V__Kingissepa_nim__kolhoos, lk 19
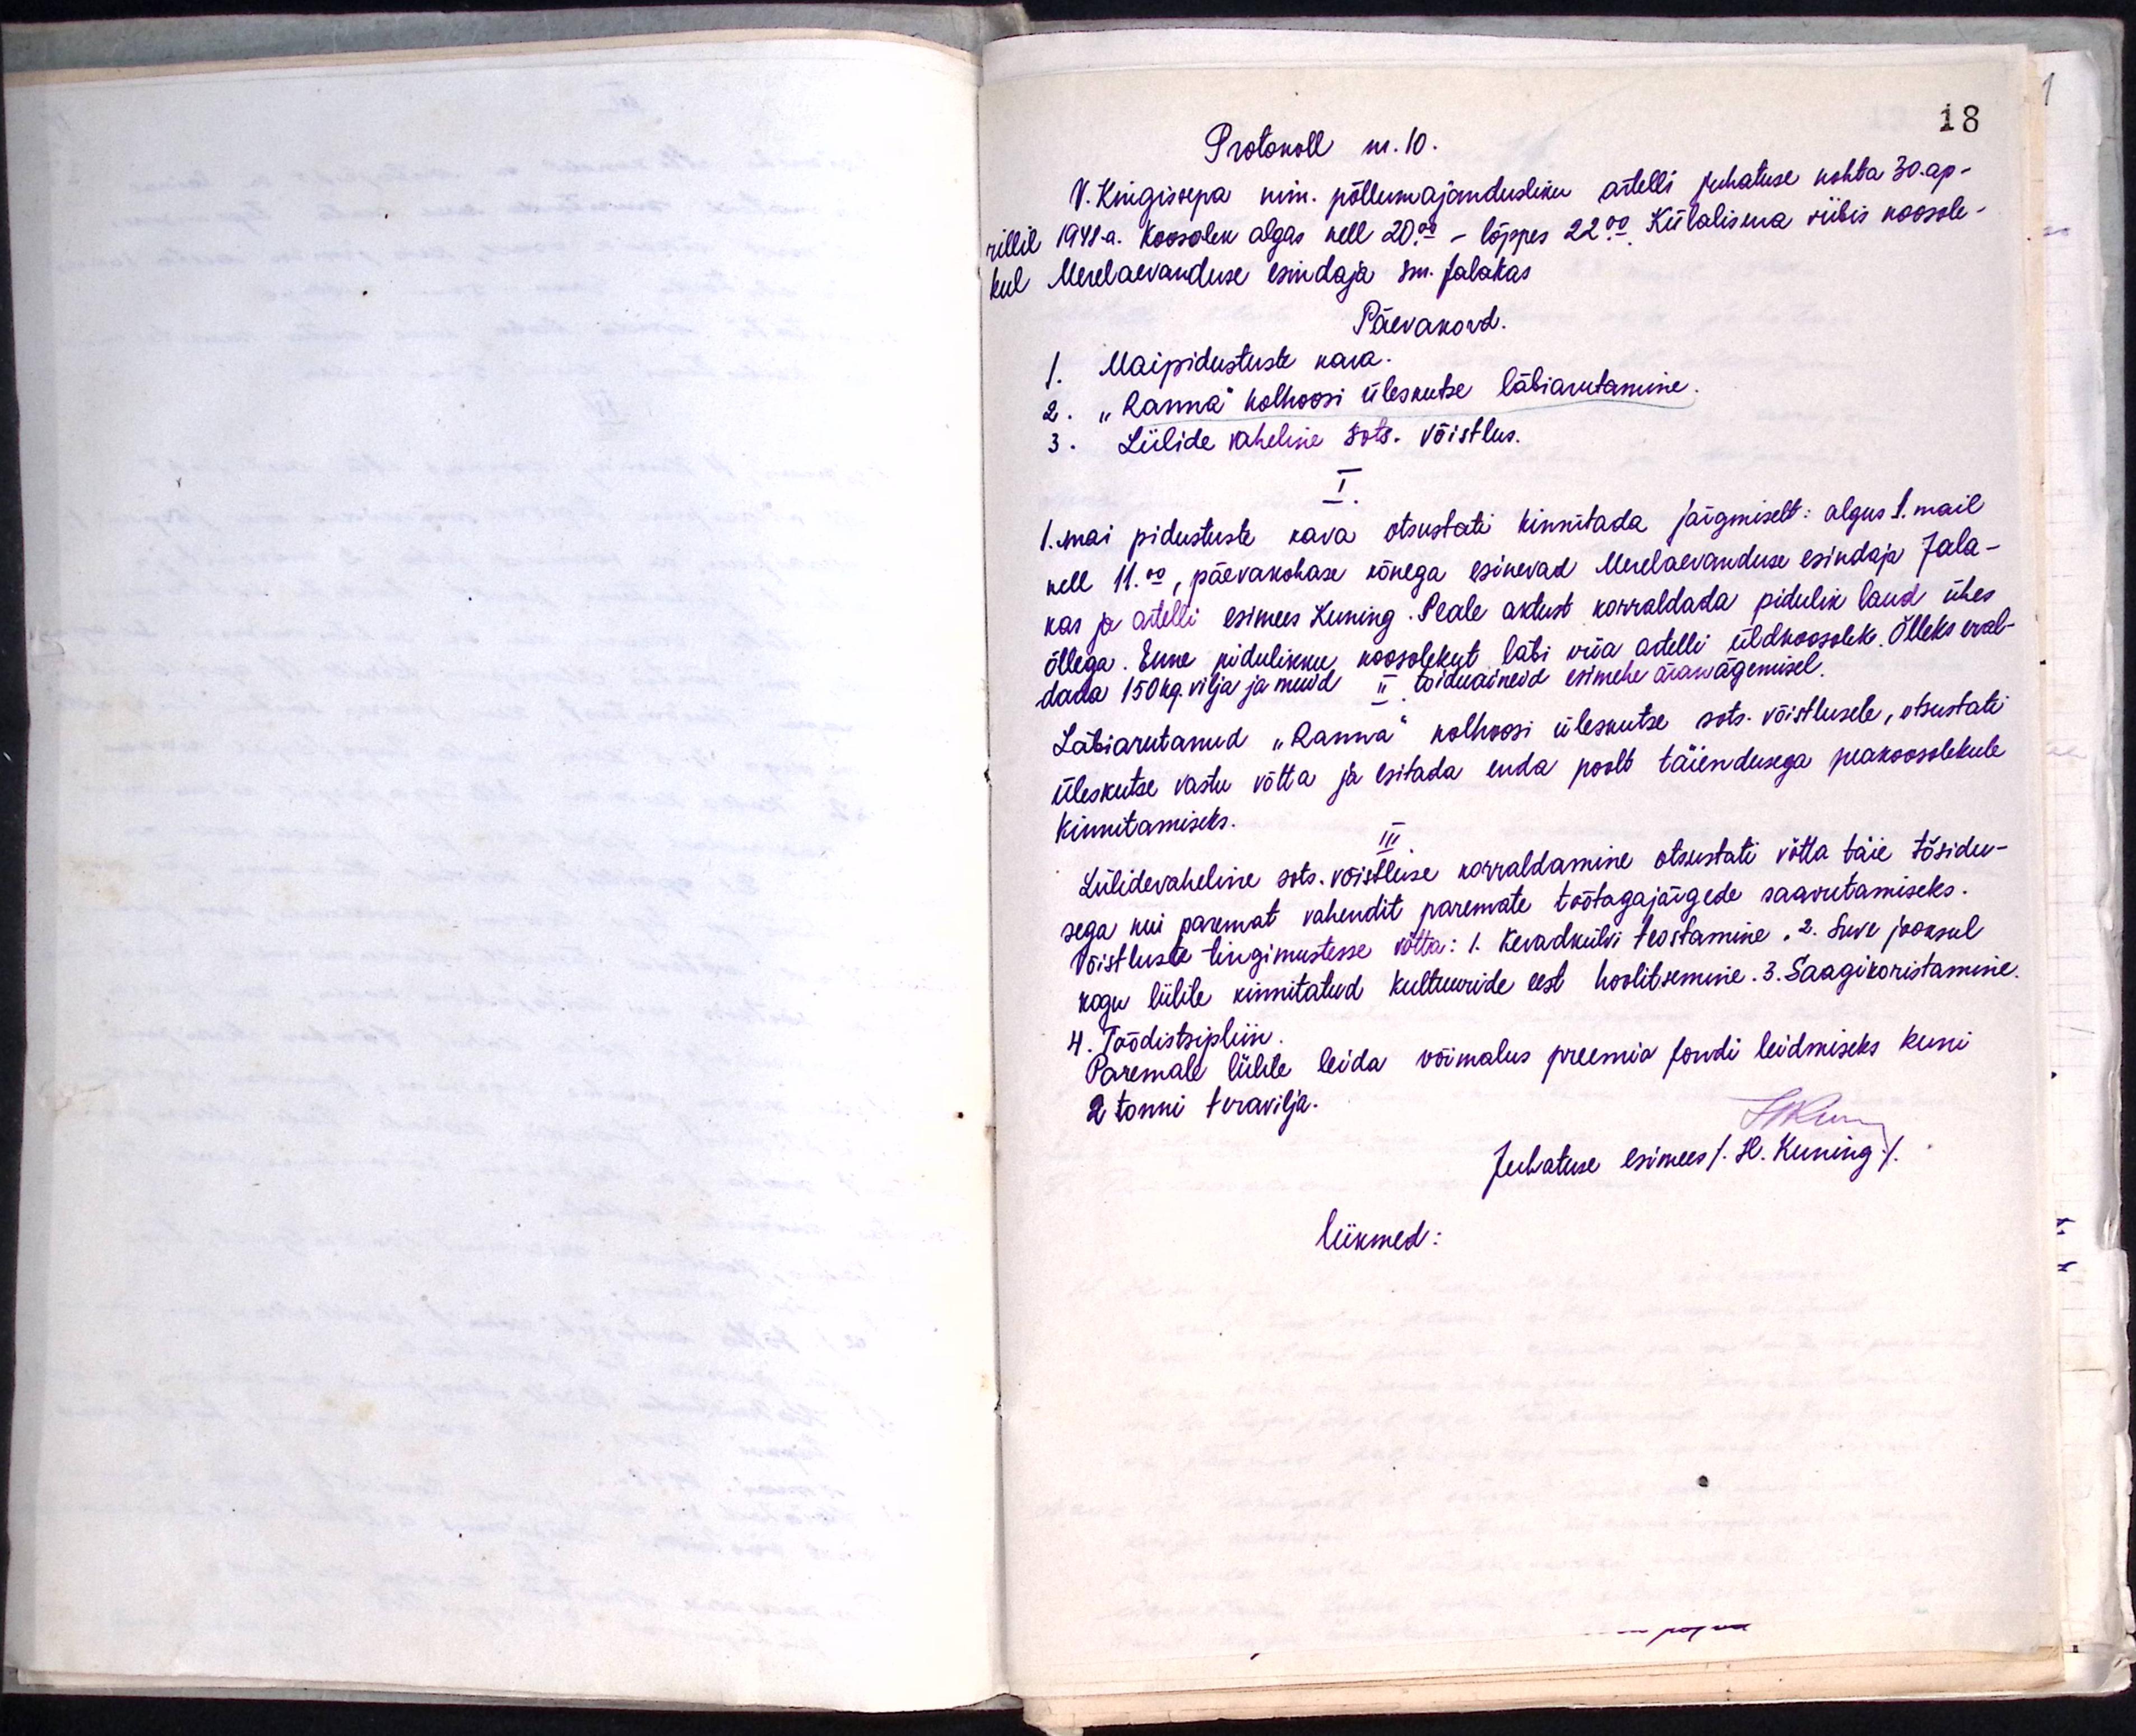
Protokoll nr. 10.
V. Kingissepa, nim. põllumajandusliku artelli juhatuse kohta 30. ap-
rillil 1948.a. Koosolek algas kell 22.00 - lõppes 22.00 Külalisena viibis koosole-
kul Merelaevanduse esindaja sm. Jalakas
Päevakord.
1. Maipidustuste kava.
2 - "Ranna" kolhoosi üleskutse läbiarutamine.
3. Lülide vaheline sots. Võistlus.
I.
1. mai pidustuste kava otsustati kinnitada järgmiselt: algus 1. mail
kell 11.00, päevakohase kõnega esinevad Merelaevanduse esindaja Jala-
kas ja artelli esimees Kuning. Peale aktust korraldada pidulik laud ühes
õllega. Enne pidulikku koosolekut läbi viia artelli üldkoosolek. Õlleks eral-
dada 150 kg. vilja ja muid II toiduaineid esimehe äranägemisel.
Läbiarutanud "Ranna" kolhoosi üleskutse sots võistlusele, otsustati
üleskutse vastu võtta ja esitada enda poolt täiendusega peakoosolekule
kinnitamiseks.
III
Lülidevaheline sots-võistluse korraldamine otsustati võtta täie tõsidu-
sega kui paremat vahendit paremate töötagajärgede saavutamiseks.
Võistluste tingimustesse võtta: 1. kevadkülvi teostamine. 2. Suve jooksul
kogu lülile kinnitatud kultuuride eest hoolitsemine. 3. Saagikoristamine.
4. Töödistsipliin.
Paremale lülile leida võimalus preemia fondi leidmiseks kuni
2 tonni teravilja.
HKur
Juhatuse esimees /. H. Kuning/.
liikmed: